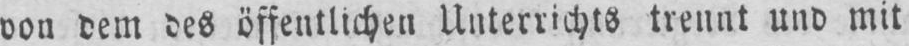
von dem des öffentlichen Unterrichts trennt und mit